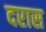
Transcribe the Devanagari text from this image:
दरास